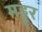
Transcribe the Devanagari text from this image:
मड्डुर